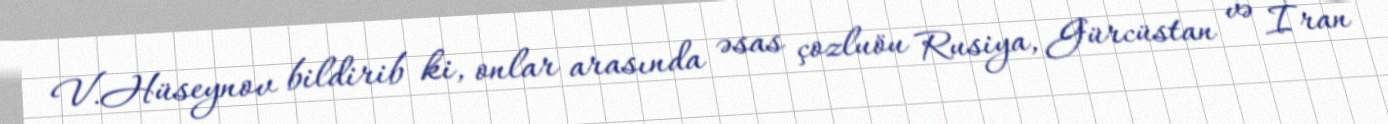
V.Hüseynov bildirib ki, onlar arasında əsas çozluöu Rusiya, Gürcüstan və İran